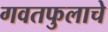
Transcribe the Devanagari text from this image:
गवतफुलाचे